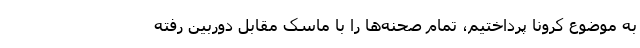
به موضوع کرونا پرداختیم، تمام صحنه‌ها را با ماسک مقابل دوربین رفته